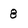
Character: 8